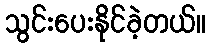
သွင်းပေးနိုင်ခဲ့တယ်။